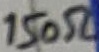
Text: 150Ω